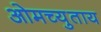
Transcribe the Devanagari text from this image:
ओमच्युताय